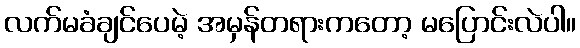
လက်မခံချင်ပေမဲ့ အမှန်တရားကတော့ မပြောင်းလဲပါ။